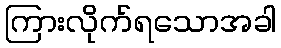
ကြားလိုက်ရသောအခါ